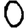
Digit: 0